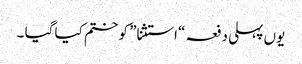
یوں پہلی دفعہ “استثنا” کو ختم کیا گیا ۔